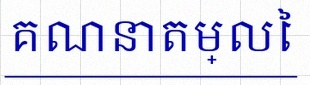
គណនាតម្លៃ